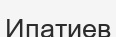
Ипатиев